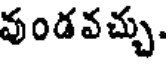
వుండవచ్చు.